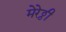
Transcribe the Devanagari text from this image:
मेरेठ्ठी